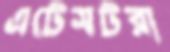
এটেসটরা